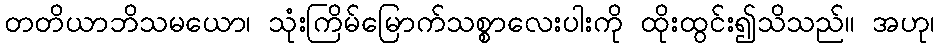
တတိယာဘိသမယော၊ သုံးကြိမ်မြောက်သစ္စာလေးပါးကို ထိုးထွင်း၍သိသည်။ အဟု၊